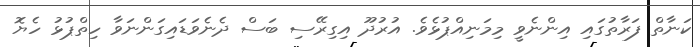
ކަނާތް ފަރާތުގައި އިންނެވީ މިމަނިއްޕުޅެވެ. އުރުދޫ އިގިރޭސި ބަސް ދެނެވަޑައިގަންނަވާ ހިތްޕުޅު ހެޔޮ